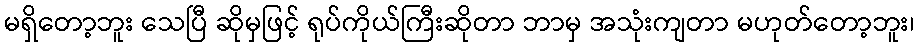
မရှိတော့ဘူး သေပြီ ဆိုမှဖြင့် ရုပ်ကိုယ်ကြီးဆိုတာ ဘာမှ အသုံးကျတာ မဟုတ်တော့ဘူး၊